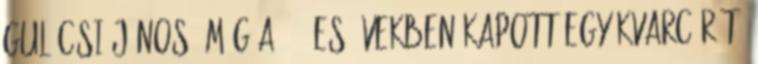
Gulácsi János. Még a ’70-es években kapott egy kvarcórát,